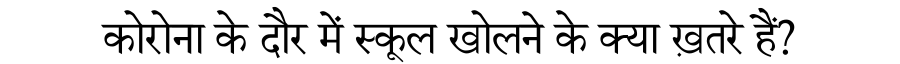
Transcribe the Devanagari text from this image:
कोरोना के दौर में स्कूल खोलने के क्या ख़तरे हैं?